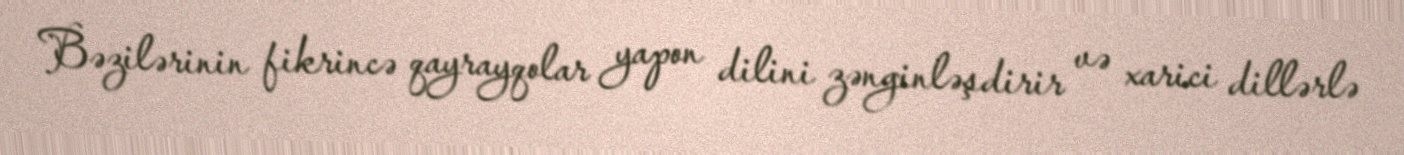
Bəzilərinin fikrincə qayrayqolar yapon dilini zənginləşdirir və xarici dillərlə